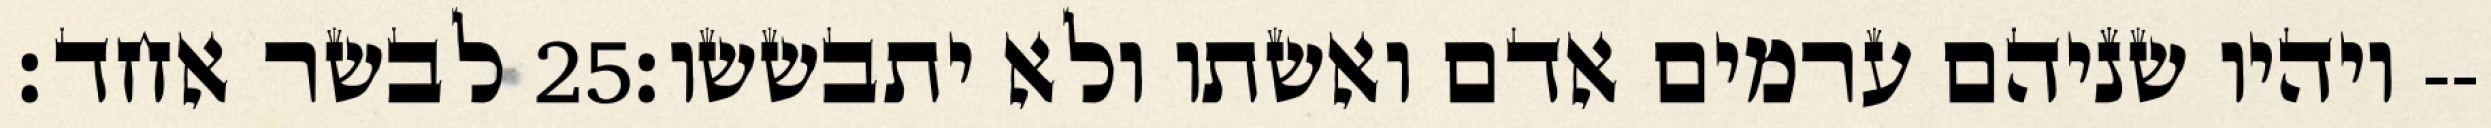
לבשר אחד׃ ‎25‏ ויהיו שניהם ערמים אדם ואשתו ולא יתבששו׃--